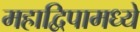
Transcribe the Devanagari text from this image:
महाद्विपामध्ये